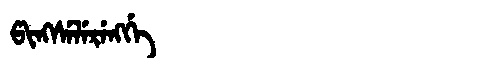
Manchu: ᡦᡳᠩᠰᡝᠯᡝᡵᡝᠩᡤᡝ
Romanization: PINGSELERENGGE